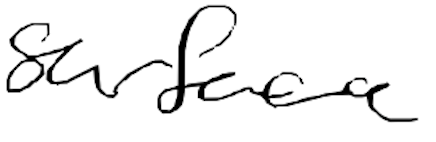
Text: surface
Cross-out: clean
Writing tool: digital_black